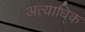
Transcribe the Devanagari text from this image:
अत्याधि्क